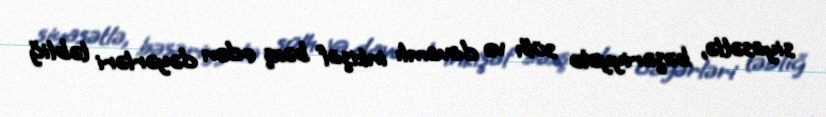
siyasətlə, bəşəriyyətə sülh və davamlı inkişaf bəxş edən dəyərləri təbliğ